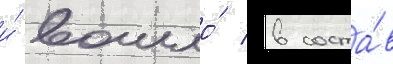
и́ вошло́ в соста́в